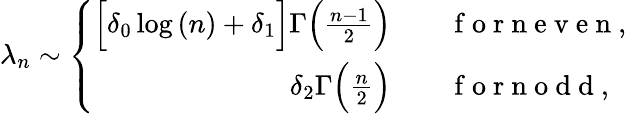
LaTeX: \lambda_{n}\sim\left\{ \begin{array}{rl}{\Big[\delta_{0}\log{(n)}+\delta_{1}\Big]\Gamma\Big(\frac{n-1}{2}\Big)}&{{}\quad\mathrm{~f~o~r~n~e~v~e~n~},}\\ {\delta_{2}\Gamma\Big(\frac{n}{2}\Big)}&{{}\quad\mathrm{~f~o~r~n~o~d~d~},}\end{array}\right.